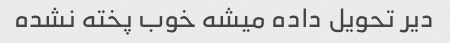
دیر تحویل داده میشه خوب پخته نشده